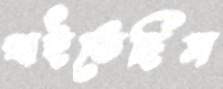
খাইতেছিস